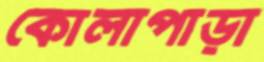
কোলাপাড়া